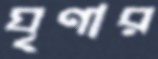
ঘৃণার